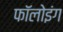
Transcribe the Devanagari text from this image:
फाॅलोइंग